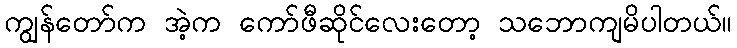
ကျွန်တော်က အဲ့က ကော်ဖီဆိုင်လေးတော့ သဘောကျမိပါတယ်။